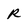
Character: r